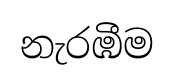
නැරඹීම